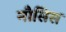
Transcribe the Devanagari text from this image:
नौसिस